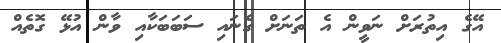
އޭގެ އިތުރަށް ނަވީން އެ ތަނަށް ގެނައި ސަބަބަކާއި ވާން އުޅޭ ގޮތެއް